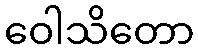
ဝေါသိတော